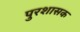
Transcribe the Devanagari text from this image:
पुरशासक